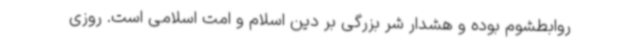
روابطشوم بوده و هشدار شر بزرگی بر دین اسلام و امت اسلامی است. روزی